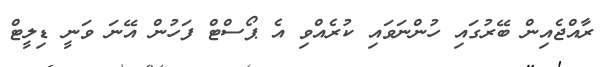
ރާއްޖެއިން ބޭރުގައި ހުންނަވައި ކުރެއްވި އެ ޕޯސްޓް ފަހުން އޭނަ ވަނީ ޑިލީޓް